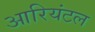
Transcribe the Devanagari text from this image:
आरियंटल